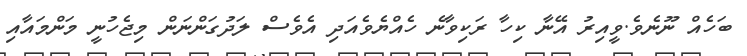
ބަހެއް ނޫނެވެ.ވީއިރު އޭނާ ކިހާ ރަކިވާނެ ހެއްޔެވެއަދި އެވެސް ލަދުގަންނަން މިޖެހުނީ މަންމައާއި